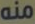
منه